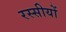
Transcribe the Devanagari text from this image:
रस्सीयों